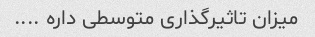
میزان تاثیرگذاری متوسطی داره ....